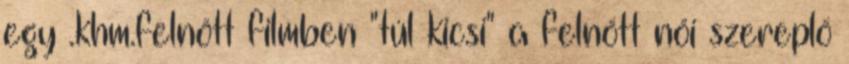
egy .khm.felnőtt filmben "túl kicsi" a felnőtt női szereplő